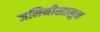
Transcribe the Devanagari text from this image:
जमिनीखालुन